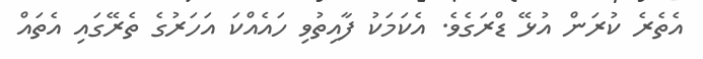
އެެތެރެ ކުރަން އުޅޭ ޑްރަގެވެ. އެކަމަކު ފާއިތުވި ހައެއްކަ އަހަރުގެ ތެރޭގައި އެތައް